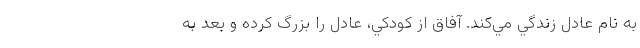
به نام عادل زندگي مي‌کند. آفاق از کودکي، عادل را بزرگ کرده و بعد به